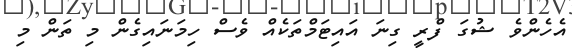
އެހެންވެ ޝުގަ ފްރީ ގިނަ އައިޓަމްތަކެއް ވެސް ހިމަނައިގެން މި ތަން މި